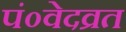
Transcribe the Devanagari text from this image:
पं०वेदव्रत